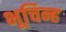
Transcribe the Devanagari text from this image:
भूचिन्ह